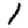
Digit: 1